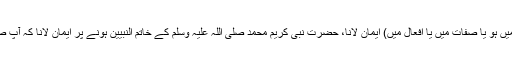
اللہ تعالی کی وحدانیت پر (ذات میں ہو یا صفات میں یا افعال میں) ایمان لانا، حضرت نبی کریم محمد صلی اللہ علیہ وسلم کے خاتم النبیین ہونے پر ایمان لانا کہ آپ صلی اللہ علیہ وسلم آخری نبی ہیں۔